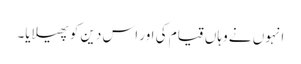
انہوں نے وہاں قیام کی اور اس دین کو پھیلایا۔